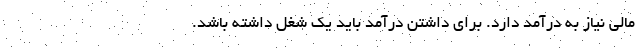
مالی نیاز به درآمد دارد. برای داشتن درآمد باید یک شغل داشته باشد.